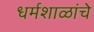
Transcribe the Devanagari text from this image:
धर्मशाळांचे